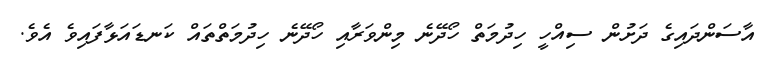
އާސަންދައިގެ ދަށުން ސިއްހީ ހިދުމަތް ހޯދޭނެ މިންވަރާއި ހޯދޭނެ ހިދުމަތްތައް ކަނޑައަޅާފައިވެ އެވެ.